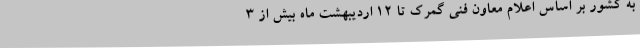
به کشور بر اساس اعلام معاون فنی گمرک تا ۱۲ اردیبهشت ماه بیش از ۳